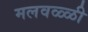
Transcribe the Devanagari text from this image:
मलवळ्ळी